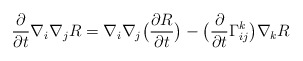
\begin{align*}\frac{\partial}{\partial t}\nabla_i\nabla_jR=\nabla_i\nabla_j\big(\frac{\partial R}{\partial t}\big)-\big(\frac{\partial}{\partial t}\Gamma^k_{ij}\big)\nabla_kR\end{align*}